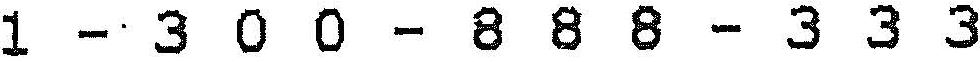
1 - 3 0 0 - 8 8 8 - 3 3 3